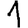
Digit: 1